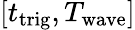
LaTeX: [t_{\mathrm{trig}},T_{\mathrm{wave}}]